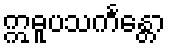
ဣဓူပသင်္ကန္တော